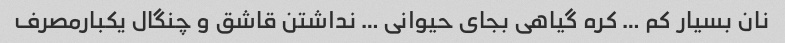
نان بسیار کم … کره گیاهی بجای حیوانی … نداشتن قاشق و چنگال یکبارمصرف